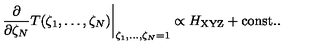
\left. \frac { \partial } { \partial \zeta _ { N } } T ( \zeta _ { 1 } , \ldots , \zeta _ { N } ) \right| _ { \zeta _ { 1 } , \ldots , \zeta _ { N } = 1 } \propto H _ { \mathrm { \scriptsize X Y Z } } + \mathrm { c o n s t . } .